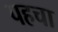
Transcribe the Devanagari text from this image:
पहचा